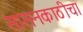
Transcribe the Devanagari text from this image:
सासनकाठीचा